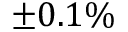
\pm 0 . 1 \%